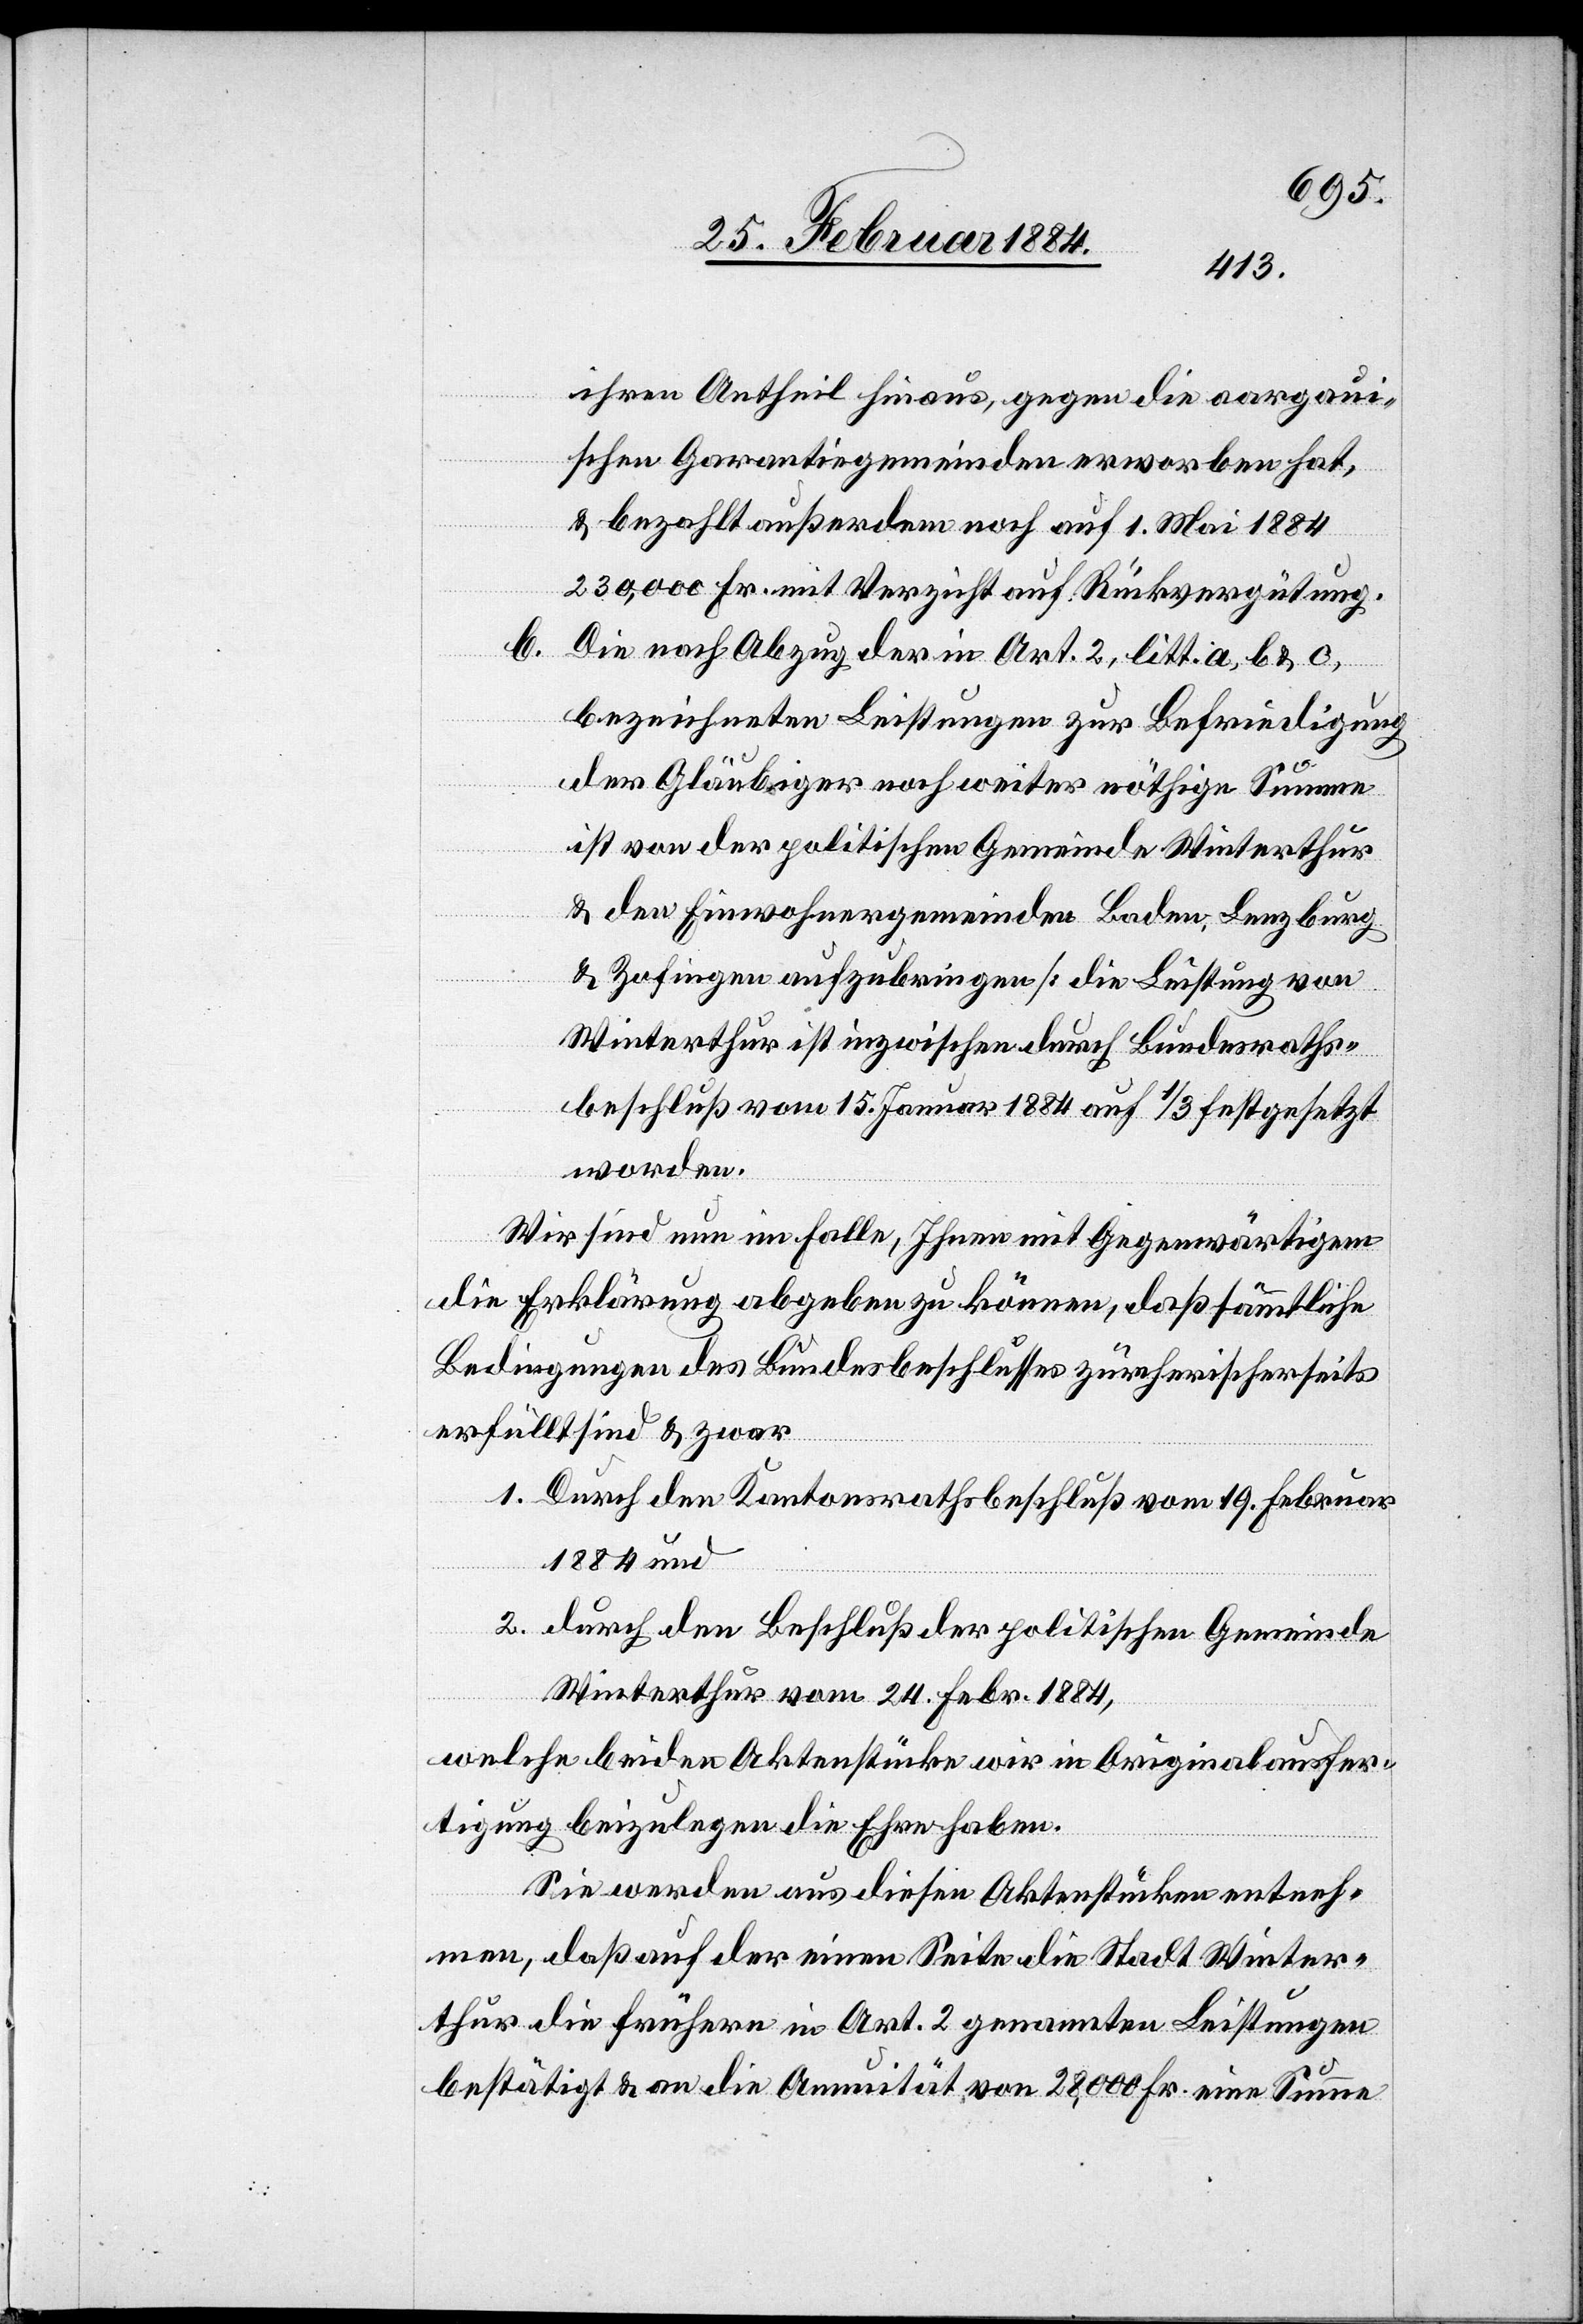
ihren Antheil hinaus, gegen die aargauer¬
ischen Garantiegemeinden erworben hat,
& bezahlt außerdem noch auf 1. Mai 1884
230,000 Fr. mit Verzicht auf Rückvergütung.
b. Die nach Abzug der in Art. 2, litt. a, b & c,
bezeichneten Leistungen zur Befriedigung
der Gläubiger noch weiter nöthige Summe
ist von der politischen Gemeinde Winterthur
& den Einwohnergemeinden Baden, Lenzburg
& Zofingen aufzubringen [die Leistung von
Winterthur ist inzwischen durch Bundesraths¬
beschluß vom 15. Januar 1884 auf 1/3 festgesetzt
worden].
Wir sind nun im Falle, Ihnen mit Gegenwärtigem
die Erklärung abgeben zu können, daß sämmtliche
Bedingungen des Bundesbeschlusses zürcherischerseits
erfüllt sind & zwar
1. Durch den Kantonsrathsbeschluß vom 19. Februar
1884 und
2. durch den Beschluß der politischen Gemeinde
Winterthur vom 24. Febr. 1884,
welche beiden Aktenstücke wir in Originalausfer¬
tigung beizulegen die Ehre haben.
Sie werden aus diesen Aktenstücken entneh¬
men, daß auf der einen Seite die Stadt Winter¬
thur die früheren in Art. 2 genannten Leistungen
bestätigt & an die Annuität, von 28,000 Fr. eine Summe